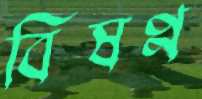
বিষণ্ন